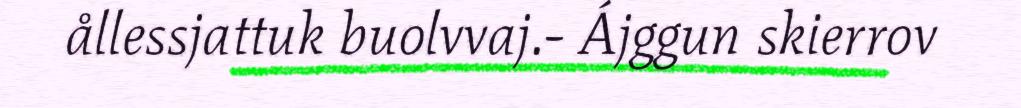
ållessjattuk buolvvaj.- Ájggun skierrov